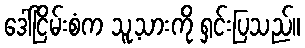
ဒေါ်ငြိမ်းစံက သူ့သားကို ရှင်းပြသည်။